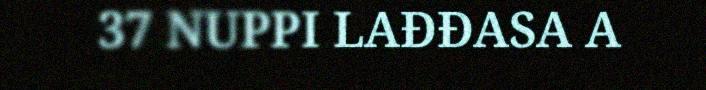
37 NUPPI LAĐĐASA A